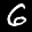
Label: 6